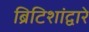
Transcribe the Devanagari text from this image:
ब्रिटिशांद्वारे